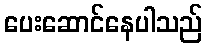
ပေးဆောင်နေပါသည်